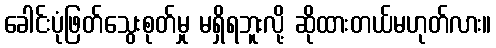
ခေါင်းပုံဖြတ်သွေးစုတ်မှု မရှိရဘူးလို့ ဆိုထားတယ်မဟုတ်လား။